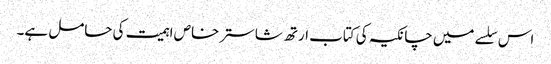
اس سلسے میں چانکیہ کی کتاب ارتھ شاستر خاص اہمیت کی حامل ہے۔